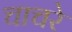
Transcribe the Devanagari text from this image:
चाचरे